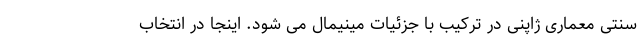
سنتی معماری ژاپنی در ترکیب با جزئیات مینیمال می شود. اینجا در انتخاب